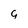
Character: 9